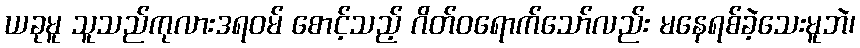
ယခုမူ သူသည်ကုလားဒရဝမ် စောင့်သည့် ဂိတ်ဝရောက်သော်လည်း မနေရစ်ခဲ့သေးမူဘဲ၊